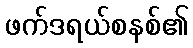
ဖက်ဒရယ်စနစ်၏